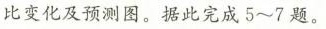
比变化及预测图。据此完成5~7题。